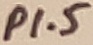
Text: P1.5